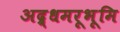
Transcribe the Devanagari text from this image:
अद्र्धमरूभूमि